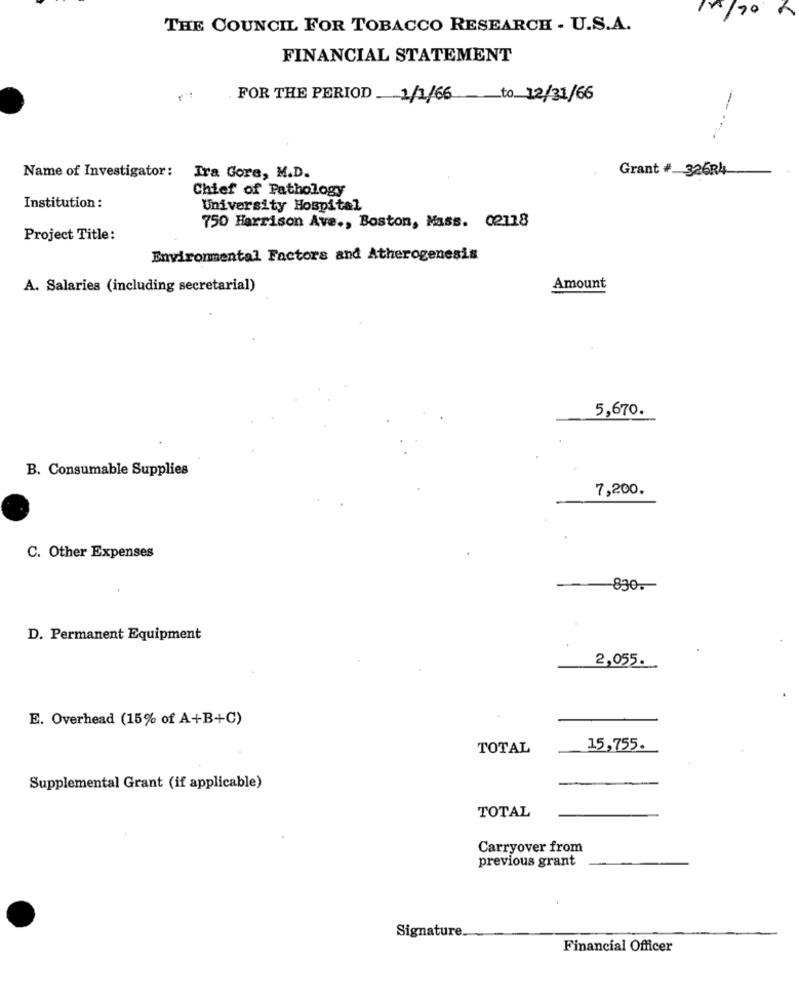
4/70
THE COUNCIL FOR TOBACCO RESEARCH - U.S.A.
FINANCIAL STATEMENT
FOR THE PERIOD 1/1/66
to 12/31/66
Name of Investigator:
Grant # 326R4
Ira Gore, M.D.
Chief of Pathology
Institution :
University Hospital
750 Harrison Ave ., Boston, Mass. 02118
Project Title:
Environmental Factors and Atherogenesis
A. Salaries (including secretarial)
Amount
5,670.
B. Consumable Supplies
7,200.
C. Other Expenses
830.
D. Permanent Equipment
2,055.
E. Overhead (15% of A+B+C)
TOTAL
15,755.
Supplemental Grant (if applicable)
TOTAL
Carryover from
previous grant
Signature.
Financial Officer